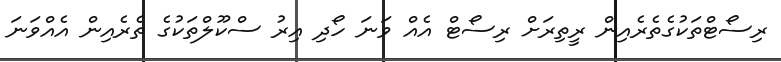
ރިސޯޓްތަކުގެތެރެއިން ރީތިރަށް ރިސޯޓް އެއް ވަނަ ހޯދި އިރު ސްކޫލްތަކުގެ ތެރެއިން އެއްވަނަ